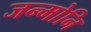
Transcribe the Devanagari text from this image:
जन्मोनि